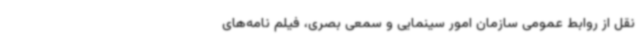
نقل از روابط عمومی سازمان امور سینمایی و سمعی بصری، فیلم نامه‌های